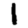
Digit: 1